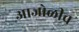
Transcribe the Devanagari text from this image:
आजोळीच